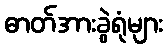
ဓာတ်အားခွဲရုံများ